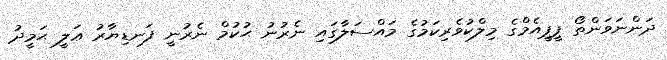
ދަންނަވަންތޯ ޕީޕީއެމްގެ މިލްކުވެރިކަމުގެ މައްސަލާގައި ނެރުނު ޙުކުމް ނެރުނީ ފަނޑިޔާރު ޢަލީ ޙަމީދު